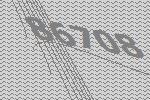
86708